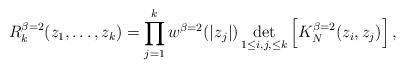
\begin{align*}R_k^{\beta=2}(z_1,\ldots,z_k)=\prod_{j=1}^k w^{\beta=2}(|z_j|)\det_{1\leq i,j,\leq k}\left[K_N^{\beta=2}(z_i,z_j)\right],\end{align*}